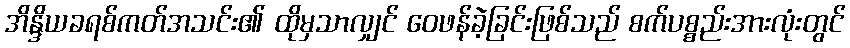
အိန္ဒိယခရစ်ကတ်အသင်း၏ ထိုမှသာလျှင် ဝေဖန်ခဲ့ခြင်းဖြစ်သည် စက်ပစ္စည်းအားလုံးတွင်